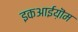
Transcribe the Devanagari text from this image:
इकआईय़ॊम